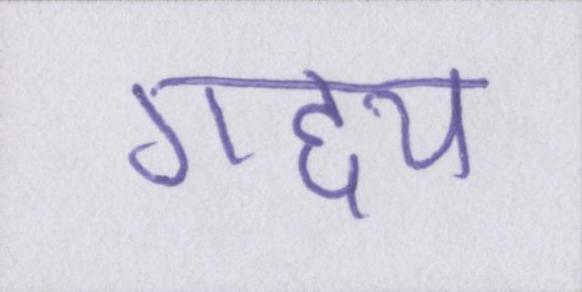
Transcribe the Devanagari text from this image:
गद्द्य